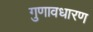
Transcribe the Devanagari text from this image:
गुणावधारण